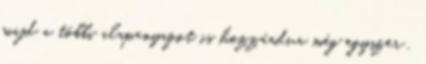
majd a többi alapanyagot is hozzáadva még egyszer .